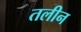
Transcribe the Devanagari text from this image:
तलीन